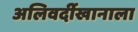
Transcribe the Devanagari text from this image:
अलिवर्दीखानाला